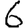
Digit: 6